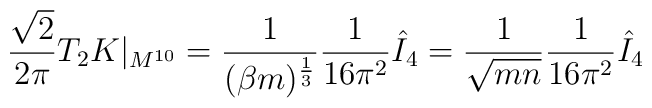
\frac{\sqrt{2}}{2\pi} T_2 K|_{M^{10}} = \frac{1}{(\beta m)^{\frac{1}{3}}} \frac{1}{16\pi^2}\hat{I}_4= \frac{1}{\sqrt{mn}} \frac{1}{16\pi^2} \hat{I}_4